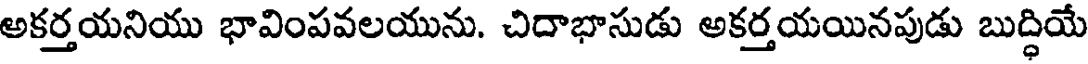
అకర్తయనియు భావింపవలయును. చిదాభాసుడు అకర్తయయినపుడు బుద్ధియే